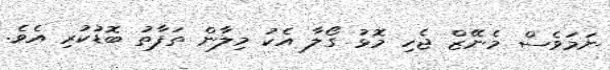
ނަމަވެސް މެނޭޒް ޖެހި މޮޅު ގޯލާ އެކު މިލާން ތަފާތު ބޮޑުކުރި އެވެ.